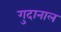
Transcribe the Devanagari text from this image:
गुदानाल